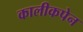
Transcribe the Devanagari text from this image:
कालीकपेन